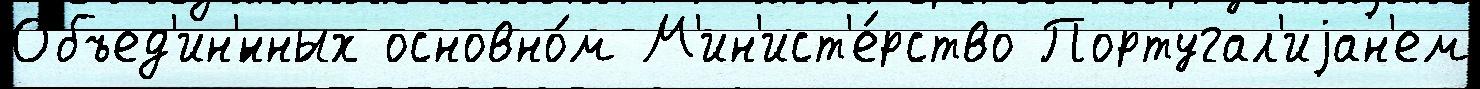
Объед'ин'́нных основно́м М'ин'ист'е́рство Португал'иjан'ем